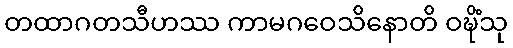
တထာဂတသီဟဿ ကာမဂဝေသိနောတိ ဝဍ္ဎိံသု